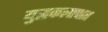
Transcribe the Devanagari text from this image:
युद्धकलापात